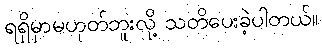
ရရှိမှာမဟုတ်ဘူးလို့ သတိပေးခဲ့ပါတယ်။